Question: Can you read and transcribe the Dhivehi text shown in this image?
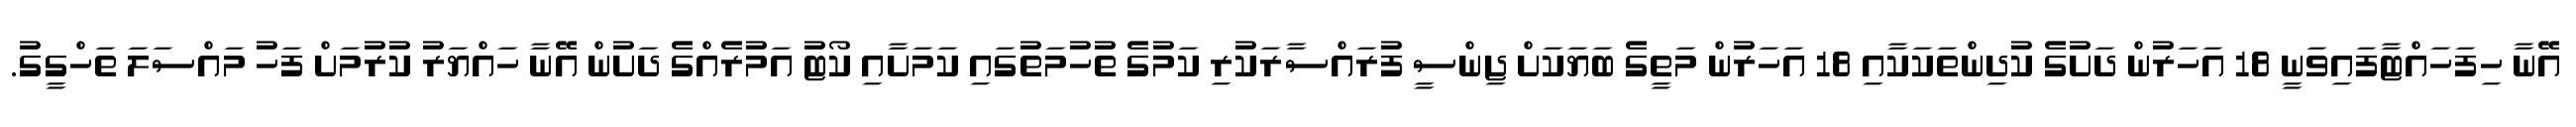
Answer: އޭނާ ހިފަހައްޓާފައިވަނީ 18 އަހަރުން ދަށުގެ ކުދިންތަކަކާއި 18 އަހަރުން މަތީގެ ބަޔަކަށް ޖިންސީ ފުރައްސާރަކުރި ކަމުގެ ތުހުމަތުގައި ކަމަށާއި ކޯޓު އަމުރެއްގެ ދަށުން އޭނާ ހައްޔަރު ކުރުމަށް ފަހު މައްސަލަ ތަހްގީގު.